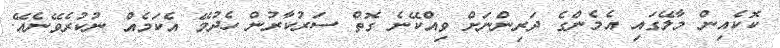
ކޮކެއިން މާލޭގައި އެމެންގެ ދަރިންނަށް ވިއްކޭނެ ގޮތް ސަރުކާރުން ހެދުމޭ އެކަމެއް ނުކުރެވޭނެއޭ.